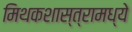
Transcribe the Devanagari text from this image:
मिथकशास्त्रामध्ये